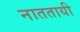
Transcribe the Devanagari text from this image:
नाततायी